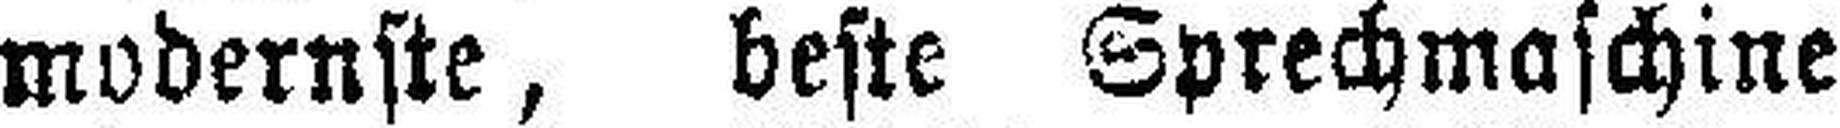
modernste, beste Sprechmaschine